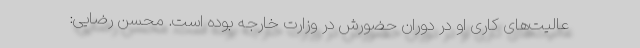
عالیت‌های کاری او در دوران حضورش در وزارت خارجه بوده است. محسن رضایی: